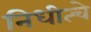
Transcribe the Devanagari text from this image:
निधीत्चे